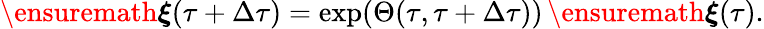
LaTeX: \begin{array}{r}{\ensuremath{\boldsymbol{\xi}}(\tau+\Delta\tau)=\exp(\Theta(\tau,\tau+\Delta\tau))\, \ensuremath{\boldsymbol{\xi}}(\tau).}\end{array}